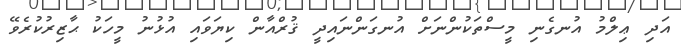
އަދި ޢިލްމު އުނގެނި މީސްތަކުންނަށް އުނގަންނައިދީ ޤުރްއާން ކިޔަވައި އުޅުނު މީހަކު ޙާޒިރުކުރެވޭ